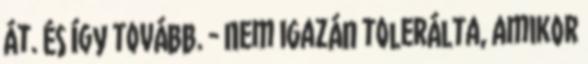
át. és így tovább. - Nem igazán tolerálta, amikor